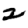
Digit: 2